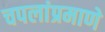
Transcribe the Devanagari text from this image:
चपलांप्रमाणे